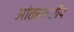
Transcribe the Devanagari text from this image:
आंतरकक्षीय